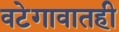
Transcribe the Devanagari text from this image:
वटेगावातही